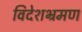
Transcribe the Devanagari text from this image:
विदेशभ्रमण